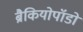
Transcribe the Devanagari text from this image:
ब्रैकियोपॉडों